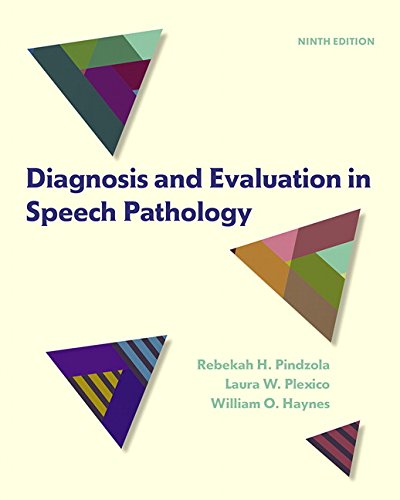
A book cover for Diagnosis and Evaluation in Speech Pathology (9th Edition); Rebekah H. Pindzola; Medical Books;